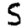
Digit: 5